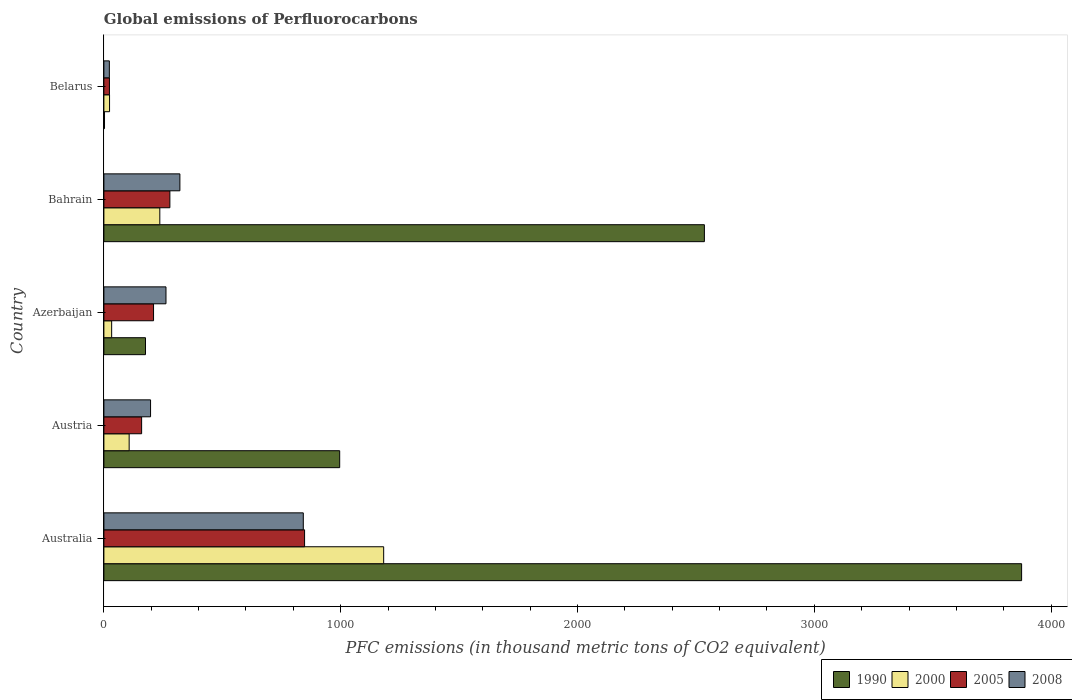
| Country | 1990 | 2000 | 2005 | 2008 |
 | --- | --- | --- | --- | --- |
 | Australia | 3.88e+03 | 1.18e+03 | 847 | 842 |
 | Austria | 996 | 107 | 159 | 197 |
 | Azerbaijan | 176 | 32.8 | 210 | 262 |
 | Bahrain | 2.54e+03 | 236 | 279 | 321 |
 | Belarus | 2.6 | 23.9 | 23.4 | 23.1 |